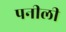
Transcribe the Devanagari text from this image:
पनीली